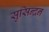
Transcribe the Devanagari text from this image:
सुसिन्द्रन